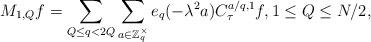
LaTeX: \begin{align*} M _{1,Q} f = \sum_{Q\leq q < 2Q} \sum_{ a \in \mathbb Z _q ^{\times }} e_q (- \lambda ^2 a)C ^{a/q,1} _{\tau } f , 1\leq Q \leq N/2, \end{align*}